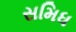
સમિધ